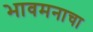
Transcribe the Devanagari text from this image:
भावमनाचा